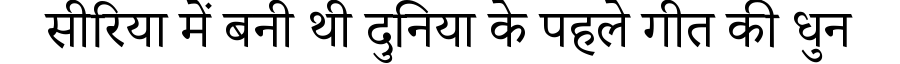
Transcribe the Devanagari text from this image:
सीरिया में बनी थी दुनिया के पहले गीत की धुन